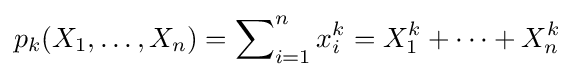
p_{k}(X_{1},\ldots ,X_{n})=\sum \nolimits _{i=1}^{n}x_{i}^{k}=X_{1}^{k}+\cdots +X_{n}^{k}